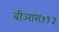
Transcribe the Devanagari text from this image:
बीआर७१५